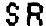
SR